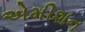
એમીશન